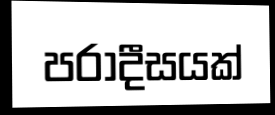
පරාදීසයක්